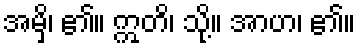
အမှိ၊ ၏။ ဣတိ၊ သို့။ အာဟ၊ ၏။